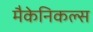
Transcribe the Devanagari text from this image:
मैकेनिकल्स